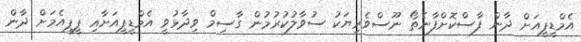
އެމްޑީޕީއަށް ދާން ފާސްކޮށްފާނެތޯ ނޫސްވެރިޔަކު ސުވާލުކުރުމުން ގާސިމް ވިދާޅުވީ އެމްޑީޕީއަށާއި ޕީޕީއެމަށް ދާން